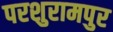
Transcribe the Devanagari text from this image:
परशुरामपुर